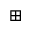
\boxplus